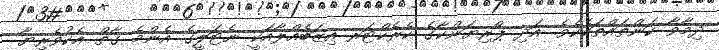
ދިމާވާ ކަންތައްތަކެކެވެ. އަދި ޕްރިޔަންކާގެ ކެރެކްޓަރ އިޒަބެއްލާއަކީ ނެޓަލީގެ އެންމެ ގާތް އެކުވެރިޔާ